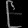
Digit: ၉